Civil Veterinary Dept. Assam report 1927-50 - 1927-1950
Year: 1927
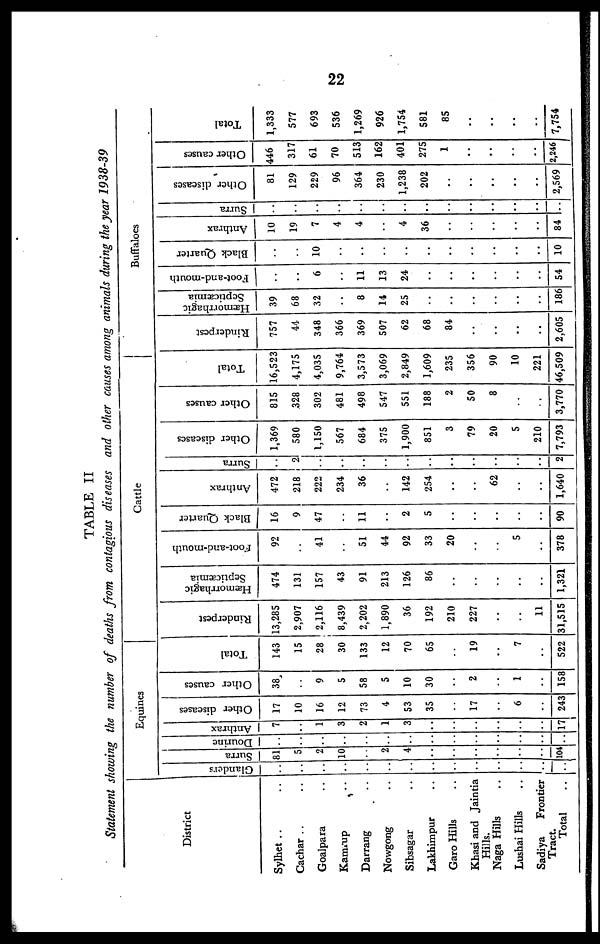
22
TABLE II
Statement showing the number of deaths from contagious diseases and other causes among animals during the year 1938-39
District
Sylhet .. ..
Cachar .. ..
Goalpara ..
Kamrup .. ..
Darrang ..
Nowgong ..
Sibsagar ..
Lakhimpur ..
Garo Hills ..
Khasi and Jaintia
Hills.
Naga Hills ..
Lusbai hills ..
Sadiya
Frontier
Total ..
Equines
Glanders
..
..
..
..
..
..
..
..
..
..
..
..
..
..
Surra
81
5
2
10
..
2
4
..
..
..
..
..
..
104
Dourine
..
..
..
..
..
..
..
..
..
..
..
..
..
..
Anthrax
7
..
1
3
2
1
3
..
..
..
..
..
..
17
Other diseases
17
10
16
12
73
4
53
35
..
17
..
6
..
243
Other causes
38
9
5
58
5
10
30
..
2
..
1
..
158
Total
143
15
28
30
133
12
70
65
..
19
..
7
..
522
Cattle
Rinderpest
13,285
2,907
2,116
8,439
2,202
1,890
36
192
210
227
..
..
11
31,515
Hæmorrhagic
Septicæmia
474
131
157
43
91
213
126
86
..
..
..
..
..
1,321
Foot-and-mouth
92
..
41
..
51
44
92
33
20
..
..
5
..
378
Black Quarter
16
9
47
..
11
..
2
5
..
..
..
..
..
90
Anthrax
472
218
222
234
36
..
142
254
..
..
62
..
..
1,640
Surra
..
2
..
..
..
..
..
..
..
..
..
..
..
2
Other diseases
1,369
580
1,150
567
684
375
1,900
851
3
79
20
5
210
7,793
Other causes
815
328
302
481
498
547
551
188
2
50
8
..
..
3,770
Total
16,523
4,175
4,035
9,764
3,573
3,069
2,849
1,609
235
356
90
10
221
46,509
Buffaloes
Rinderpest
757
44
348
366
369
507
62
68
84
..
..
..
..
2,605
Hæmorrhagic Septicæmia
39
68
32
..
8
14
25
..
..
..
..
..
..
186
Foot-and-mouth
..
..
6
..
11
13
24
..
..
..
..
..
..
54
Black Quarter
..
..
10
..
..
..
..
..
..
..
..
..
..
10
Anthrax
10
19
7
4
4
..
4
36
..
..
..
..
..
84
Surra
..
..
..
..
..
..
..
..
..
..
..
..
..
Other diseases
81
129
229
96
364
230
1,238
202
..
..
..
..
..
2,569
Other causes
446
317
61
70
513
162
401
275
1
..
..
..
..
2,246
Total
1,333
577
693
536
1,269
926
1,754
581
85
..
..
..
..
7,754